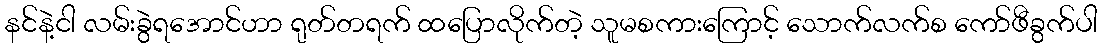
နင်နဲ့ငါ လမ်းခွဲရအောင်ဟာ ရုတ်တရက် ထပြောလိုက်တဲ့ သူမစကားကြောင့် သောက်လက်စ ကော်ဖီခွက်ပါ